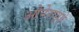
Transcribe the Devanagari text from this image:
ओपेरागृहे